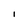
Character: 1